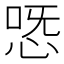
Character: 𢙸